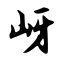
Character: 岈